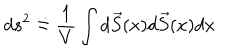
d s ^ { 2 } \doteq \frac { 1 } { V } \int d \vec { S } ( x ) d \vec { S } ( x ) d x